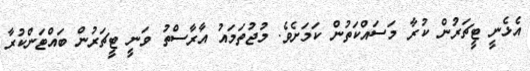
އެޅެނީ ޓީޗަރުން ކުރާ މަސައްކަތުން ކަމަށެވެ. މުޖުތަމައު އާރާސްތު ވަނީ ޓީޗަރުން ބައްޓަންކުރާ